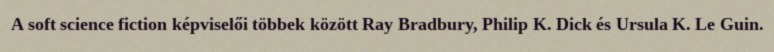
A soft science fiction képviselői többek között Ray Bradbury, Philip K. Dick és Ursula K. Le Guin.